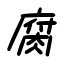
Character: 腐